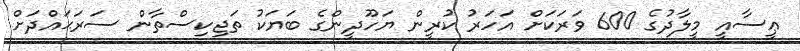
ޢީސާއީ މީލާދުގެ 600 ވަރަކަށް އަހަރު ކުރީން ޔަހޫދީންގެ ބަޔަކު ތަޖިކިސްތާން ސަރަޙައްދަށް